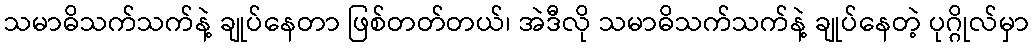
သမာဓိသက်သက်နဲ့ ချုပ်နေတာ ဖြစ်တတ်တယ်၊ အဲဒီလို သမာဓိသက်သက်နဲ့ ချုပ်နေတဲ့ ပုဂ္ဂိုလ်မှာ